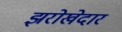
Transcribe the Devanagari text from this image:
झरोखेदार